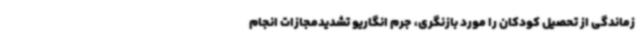
زماندگی از تحصیل کودکان را مورد بازنگری، جرم انگاریو تشدیدمجازات انجام